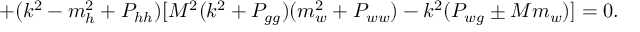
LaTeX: + ( k ^ { 2 } - m _ { h } ^ { 2 } + P _ { h h } ) [ M ^ { 2 } ( k ^ { 2 } + P _ { g g } ) ( m _ { w } ^ { 2 } + P _ { w w } ) - k ^ { 2 } ( P _ { w g } \pm M m _ { w } ) ] = 0 .